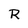
Character: R